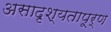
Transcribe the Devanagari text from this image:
असादृश्यतापूर्ण